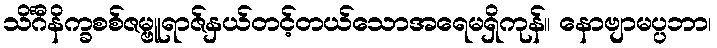
သိင်္ဂီနိက္ခစစ်ဇမ္ဗူရာဇ်နှယ်တင့်တယ်သောအရေမရှိကုန်။ နောဗျာမပ္ပဘာ၊